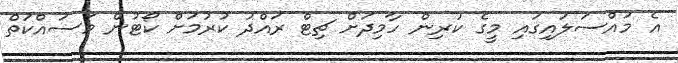
އެ މައްސަލައިގައި މީގެ ކުރިން ހާމިދަށް ޗިޓް ރައްދު ކުރުމަށް ކޯޓުން މަސައްކަތް